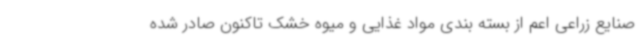
صنایع زراعی اعم از بسته بندی مواد غذایی و میوه خشک تاکنون صادر شده